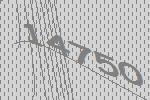
14750